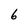
Character: 6